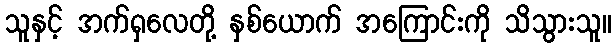
သူနှင့် အက်ရှလေတို့ နှစ်ယောက် အကြောင်းကို သိသွားသူ။